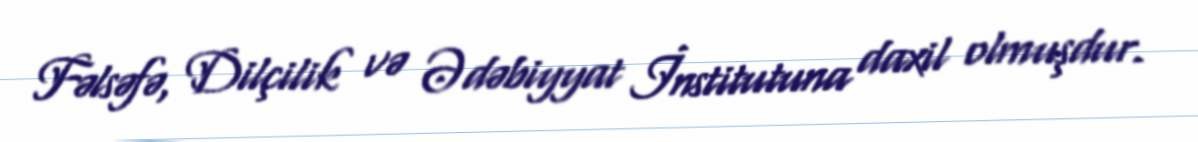
Fəlsəfə, Dilçilik və Ədəbiyyat İnstitutuna daxil olmuşdur.